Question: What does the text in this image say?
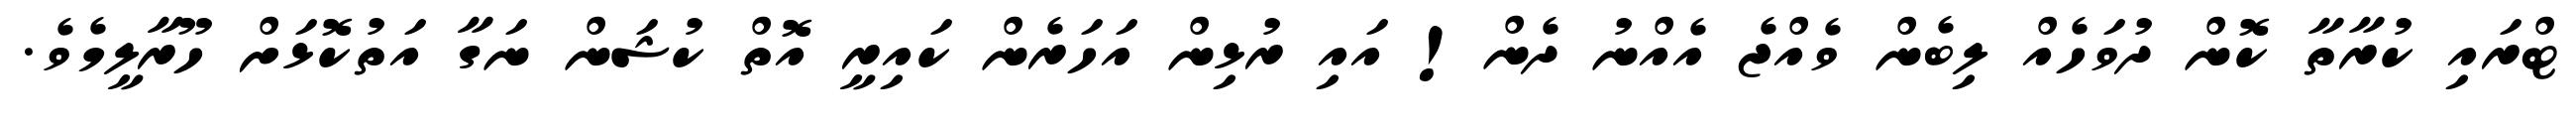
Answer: ޓްރައި ކުރާތާ ކޮން ދުވަހެއް ލިބެން ވެއްޖެ އެއްނު ދެން! އައި ރުޅިން އަހަރެން ކައިރީ އޮތް ކުޝަން ނަގާ އަތުކޮޅަށް ހޫރާލީމެވެ.